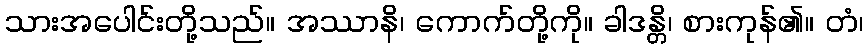
သားအပေါင်းတို့သည်။ အဿာနိ၊ ကောက်တို့ကို။ ခါဒန္တိ၊ စားကုန်၏။ တံ၊